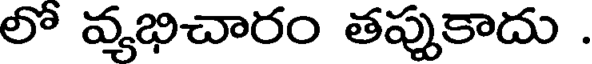
లో వ్యభిచారం తప్పుకాదు .